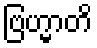
ဗြဟ္မာတိ